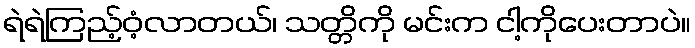
ရဲရဲကြည့်ဝံ့လာတယ်၊ သတ္တိကို မင်းက ငါ့ကိုပေးတာပဲ။